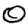
Digit: 0